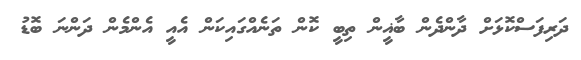
ދަރިފަސްކޮޅަށް ދާންދެން ބާޣީން ތިބީ ކޮން ތަނެއްގައިކަން އެއީ އެންމެން ދަންނަ ބޮޑު